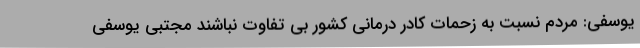
یوسفی: مردم نسبت به زحمات کادر درمانی کشور بی تفاوت نباشند مجتبی یوسفی